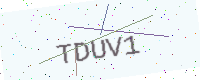
Text: TDUV1